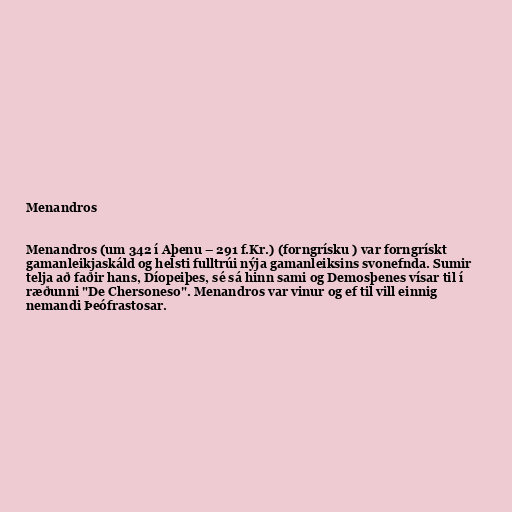
Menandros

Menandros (um 342 í Aþenu – 291 f.Kr.) (forngrísku ) var forngrískt
gamanleikjaskáld og helsti fulltrúi nýja gamanleiksins svonefnda. Sumir
telja að faðir hans, Díopeiþes, sé sá hinn sami og Demosþenes vísar til í
ræðunni "De Chersoneso". Menandros var vinur og ef til vill einnig
nemandi Þeófrastosar.